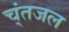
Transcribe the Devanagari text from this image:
च्ंतजल